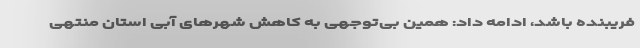
فریبنده باشد، ادامه داد: همین بی‌توجهی به کاهش شهرهای آبی استان منتهی